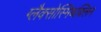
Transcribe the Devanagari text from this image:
ग्लैक्सोस्मिथक्लिन